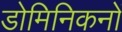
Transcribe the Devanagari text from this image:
डोमिनिकनों